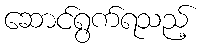
ဆောင်ရွက်ရသည့်